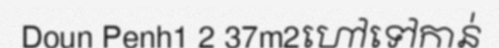
Doun Penh1 2 37m2ហៅទៅកាន់